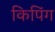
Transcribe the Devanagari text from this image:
किपिंग